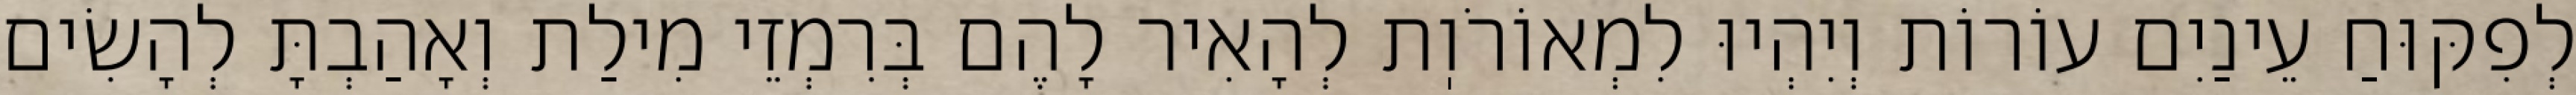
לְפִקּוּחַ עֵינַיִם עוֹרוֹת וְיִהְיוּ לִמְאוֹרֹוֽת לְהָאִיר לָהֶם בְּרִמְזֵי מִילַת וְאָהַבְתָּ לְהָשִׂים